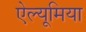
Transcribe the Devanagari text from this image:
ऐल्यूमिया